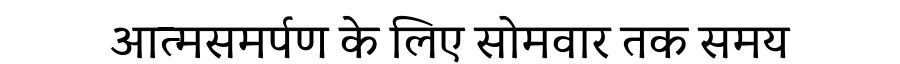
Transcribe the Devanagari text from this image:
आत्मसमर्पण के लिए सोमवार तक समय